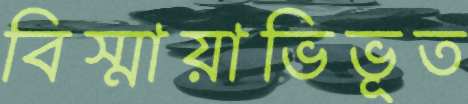
বিস্মায়াভিভূত